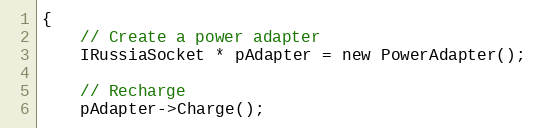
Language: C
{
    // Create a power adapter
    IRussiaSocket * pAdapter = new PowerAdapter();

    // Recharge
    pAdapter->Charge();